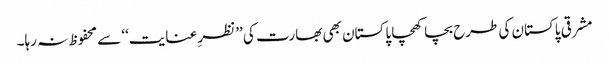
مشرقی پاکستان کی طرح بچا کھچا پاکستان بھی بھارت کی ’’نظرِ عنایت‘‘ سے محفوظ نہ رہا۔